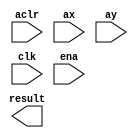

module fp_add (
	aclr,
	ax,
	ay,
	clk,
	ena,
	result);	

	input		aclr;
	input	[31:0]	ax;
	input	[31:0]	ay;
	input		clk;
	input		ena;
	output	[31:0]	result;
endmodule